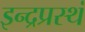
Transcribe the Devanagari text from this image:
इन्द्रप्रस्थं